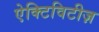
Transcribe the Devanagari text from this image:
ऐक्टिविटीज़